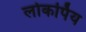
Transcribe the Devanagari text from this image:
लोकर्पिय